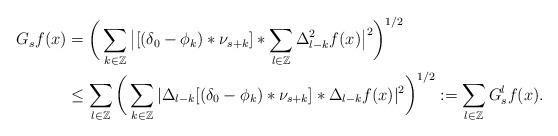
LaTeX: \begin{align*} G_sf(x)&=\bigg(\sum_{k\in \Bbb Z}\big|[(\delta_0-\phi_k)\ast\nu_{s+k}]\ast\sum_{l\in \Bbb Z}\Delta_{l-k}^2f(x)\big|^2\bigg)^{1/2}\\&\le \sum_{l\in \Bbb Z}\bigg(\sum_{k\in \Bbb Z}|\Delta_{l-k}[(\delta_0-\phi_k)\ast\nu_{s+k}]\ast\Delta_{l-k}f(x)|^2\bigg)^{1/2}:=\sum_{l\in \Bbb Z}G_s^{l}f(x).\end{align*}